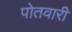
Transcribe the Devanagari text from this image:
पोतवारी